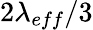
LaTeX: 2\lambda_{eff}/3